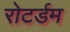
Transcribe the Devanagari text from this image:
रोटर्डम